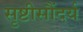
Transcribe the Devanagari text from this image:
सृष्टीसौंदर्य